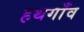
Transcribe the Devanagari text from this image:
हथगाँव